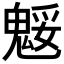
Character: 𩳕